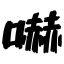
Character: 嚇